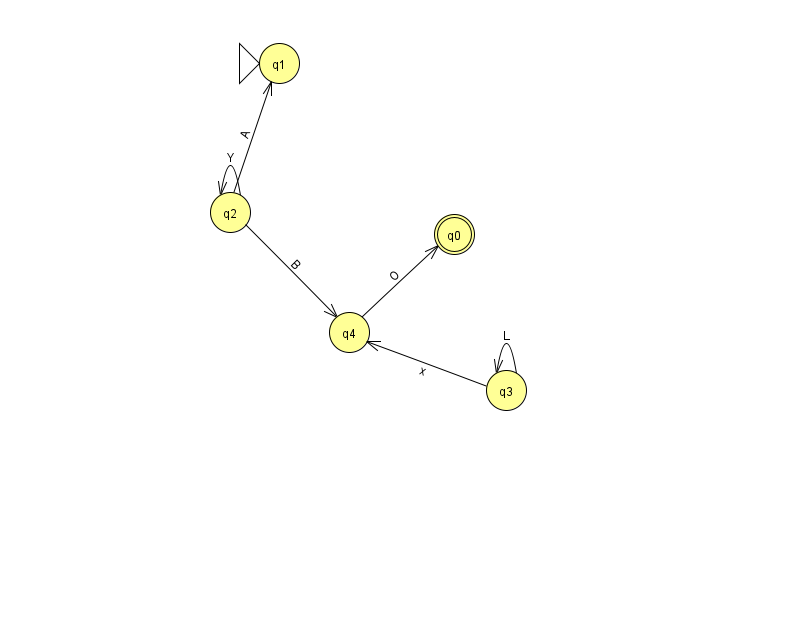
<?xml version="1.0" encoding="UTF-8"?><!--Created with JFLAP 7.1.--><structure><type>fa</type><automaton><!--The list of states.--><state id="0" name="q0"><x>454.0</x><y>221.0</y><final/></state><state id="1" name="q1"><x>279.0</x><y>50.0</y><initial/></state><state id="2" name="q2"><x>230.0</x><y>199.0</y></state><state id="3" name="q3"><x>506.0</x><y>377.0</y></state><state id="4" name="q4"><x>349.0</x><y>319.0</y></state><!--The list of transitions.--><transition><from>2</from><to>1</to><read>A</read></transition><transition><from>2</from><to>4</to><read>B</read></transition><transition><from>2</from><to>2</to><read>Y</read></transition><transition><from>4</from><to>0</to><read>O</read></transition><transition><from>3</from><to>3</to><read>L</read></transition><transition><from>3</from><to>4</to><read>x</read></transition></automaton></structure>